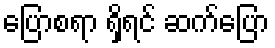
ပြောစရာ ရှိရင် ဆက်ပြော